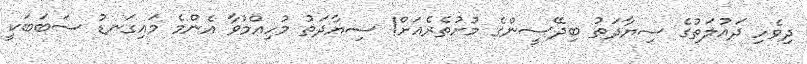
ދިވެހި ދައުލަތުގެ ސިޔާދަތު ބިދޭސީންގެ މުށުތެރެއަށް! ސިޔާދަތު މުހިއްމުވާ އެންމެ މައިގަނޑު ސަބަބަކީ